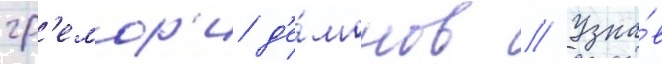
гр'емор'и д'е́монов // Узна́в